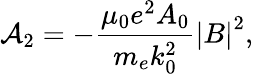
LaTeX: {\cal A}_{2}=-{\frac{\mu_{0}e^{2}A_{0}}{m_{e}k_{0}^{2}}}{\left|B\right|}^{2},